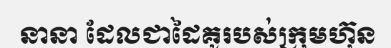
នានា ដែលជាដៃគូរបស់ក្រុមហ៊ុន